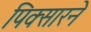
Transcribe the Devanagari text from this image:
पिक्सारने